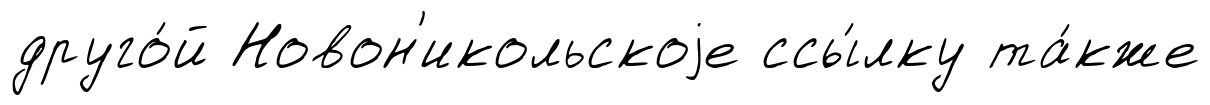
друго́й Новон'икольскоjе ссы́лку та́кже